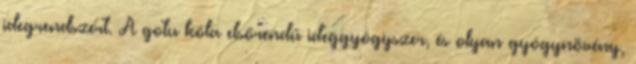
idegrendszert. A gotu kóla elsőrendű ideggyógyszer, és olyan gyógynövény,